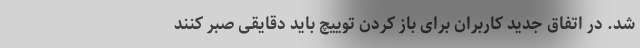
شد. در اتفاق جدید کاربران برای باز کردن توییچ باید دقایقی صبر کنند